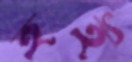
হই